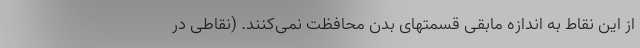
از این نقاط به اندازه مابقی قسمتهای بدن محافظت نمی‌کنند. (نقاطی در